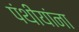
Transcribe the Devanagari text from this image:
पंथीयांना